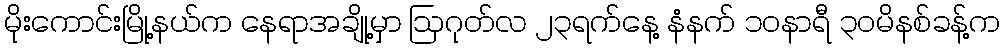
မိုးကောင်းမြို့နယ်က နေရာအချို့မှာ ဩဂုတ်လ ၂၃ရက်နေ့ နံနက် ၁၀နာရီ ၃၀မိနစ်ခန့်က